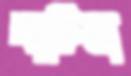
ঘাটিনা